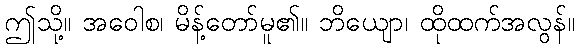
ဤသို့။ အဝေါစ၊ မိန့်တော်မူ၏။ ဘိယျော၊ ထိုထက်အလွန်။